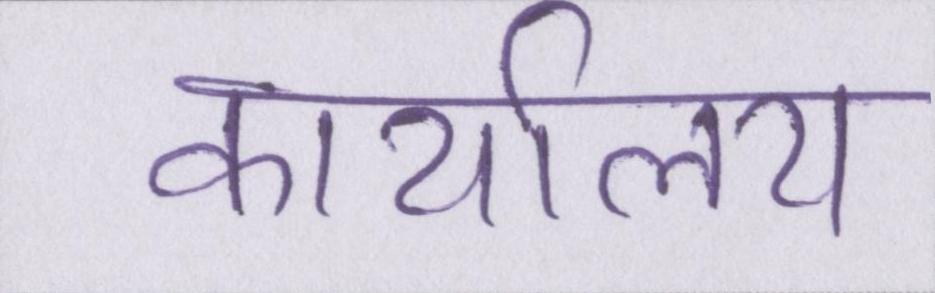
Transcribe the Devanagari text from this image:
कार्यालय